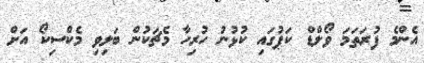
އެންމެ ފުރަތަމަ ވޯލްޑް ކަޕުގައި ކުޅުނު ހުރިހާ މެޗަކުން ބަލިވި މެކްސިކޯ އަށް